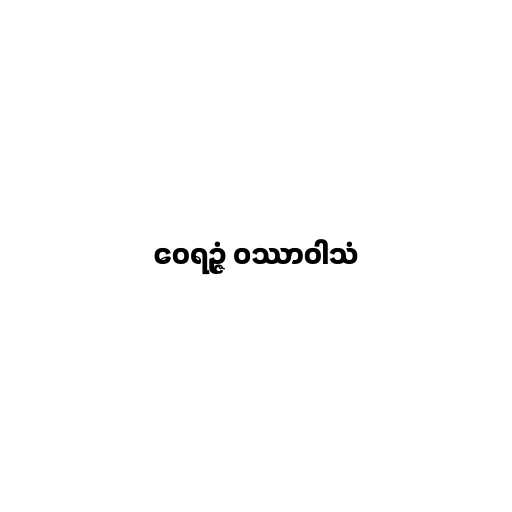
ဝေရဉ္ဇံ ဝဿာဝါသံ